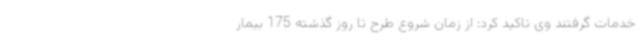
خدمات گرفتند وی تاکید کرد: از زمان شروع طرح تا روز گذشته 175 بیمار